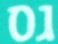
גס